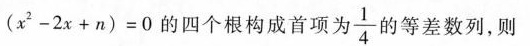
( x ^ { 2 } - 2 x + n ) = 0$$ 的四个根构成首项为 \frac{1}{4} 的等差数列，则